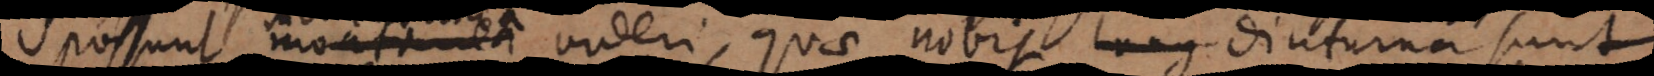
possunt momentanea videri, quae nobis long diuturna sunt.